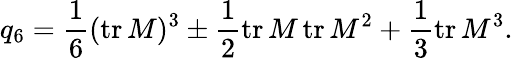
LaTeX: q_{6}=\frac 16(\mathrm{tr}\, M)^{3}\pm\frac 12\mathrm{tr}\, M\, \mathrm{tr}\, M^{2}+\frac 13\mathrm{tr}\, M^{3}.